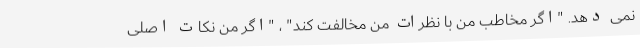
نمی دهد. "اگر مخاطب من با نظرات من مخالفت کند" ، "اگر من نکات اصلی